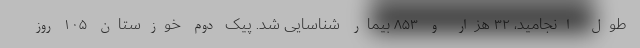
طول انجامید، ۳۲ هزار و ۸۵۳ بیمار شناسایی شد. پیک دوم خوزستان ۱۰۵ روز